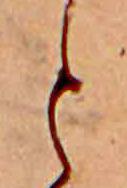
と